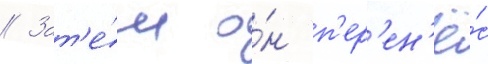
// Зат'е́м о́н п'ер'ен'ё́с